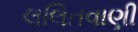
લલિતવાણી